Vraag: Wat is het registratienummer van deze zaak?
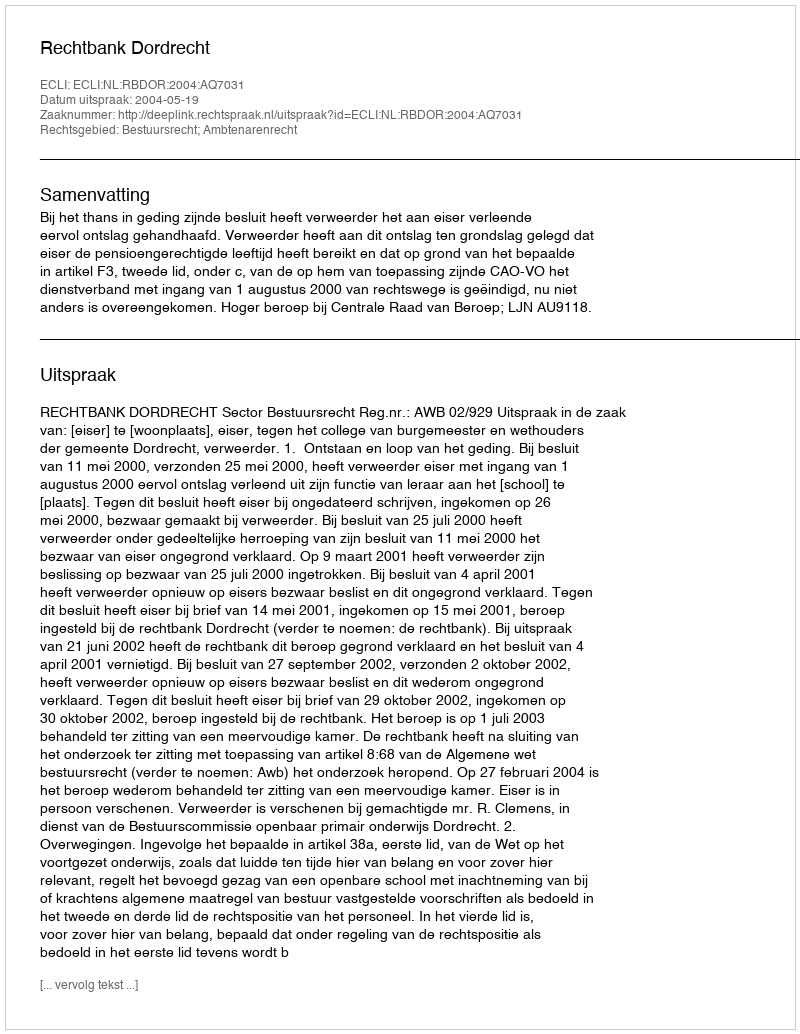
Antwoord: http://deeplink.rechtspraak.nl/uitspraak?id=ECLI:NL:RBDOR:2004:AQ7031